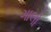
ગાલો